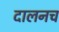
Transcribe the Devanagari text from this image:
दालनच